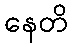
နေတိ